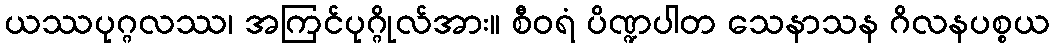
ယဿပုဂ္ဂလဿ၊ အကြင်ပုဂ္ဂိုလ်အား။ စီဝရံ ပိဏ္ဍပါတ သေနာသန ဂိလနပစ္စယ